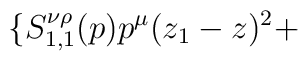
\{ S_{1,1}^{ \nu \rho }(p)p^\mu(z_1-z)^2 +